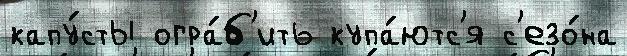
капу́сты огра́б'ить купа́ютс'я с'езо́на